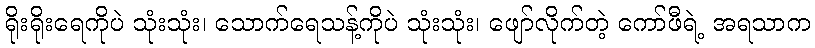
ရိုးရိုးရေကိုပဲ သုံးသုံး၊ သောက်ရေသန့်ကိုပဲ သုံးသုံး၊ ဖျော်လိုက်တဲ့ ကော်ဖီရဲ့ အရသာက